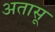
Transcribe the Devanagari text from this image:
अतासू